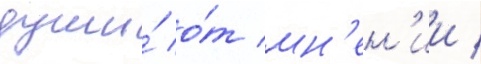
души́ о́т мн'ен'ии /